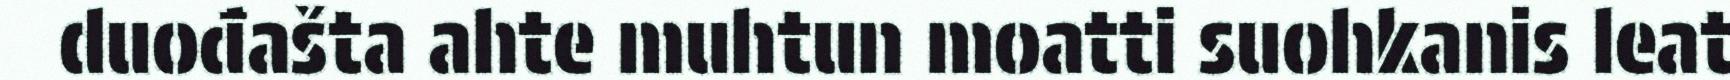
duođašta ahte muhtun moatti suohkanis leat